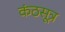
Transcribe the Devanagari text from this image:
कंठसूत्र